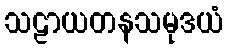
သဠာယတနသမုဒယံ